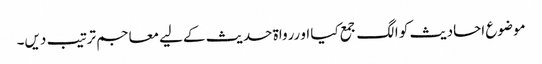
موضوع احادیث کو الگ جمع کیا او ررواۃ حدیث کےلیے معاجم ترتیب دیں۔